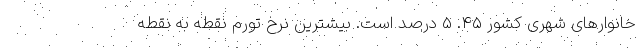
خانوار‌های شهری کشور 45. 5 درصد است. بیشترین نرخ تورم نقطه به نقطه